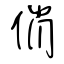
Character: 俏